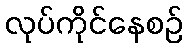
လုပ်ကိုင်နေစဉ်